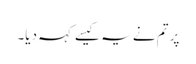
پر تم نے یہ کیسے کہہ دیا۔